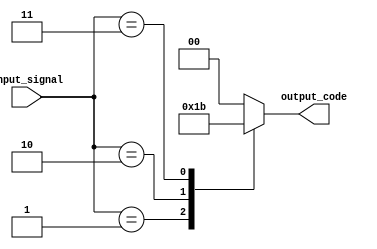
module encoder(
  input [3:0] input_signal,
  output reg [1:0] output_code
);

always @(*)
begin
  case(input_signal)
    4'b0000: output_code = 2'b00;
    4'b0001: output_code = 2'b01;
    4'b0010: output_code = 2'b10;
    4'b0011: output_code = 2'b11;
    // Add more cases for additional input signals if needed
    default: output_code = 2'b00; // Default output code
  endcase
end

endmodule